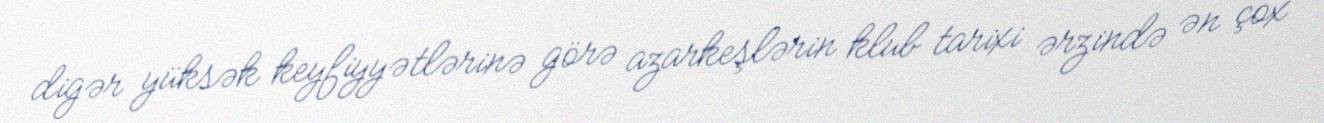
digər yüksək keyfiyyətlərinə görə azarkeşlərin klub tarixi ərzində ən çox